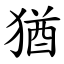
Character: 猶